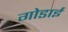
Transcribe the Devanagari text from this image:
गोडाई